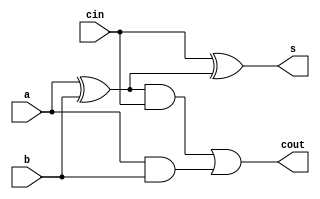
module full_adder_1(a,b,cin,s,cout);
     input a,b,cin; 
     output s, cout;
     wire w1, w2, w3; 
     assign w1 = a^b;
     assign s = cin ^ w1; 
     assign w2 = a & b; 
     assign w3 = w1 & cin;
     assign cout = w3 | w2;   	 	
endmodule